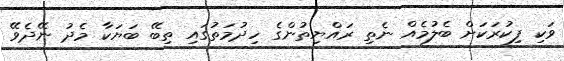
ވަކި ފިކުރަކަށް ބެލުމެއް ނެތި ރައްޔިތުންގެ ހިދުމަތުގައި ތިބޭ ބަޔަކާ މެދު ނޭދެވޭ